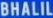
BIALITALI